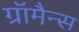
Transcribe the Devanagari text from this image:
ग्रॉमैन्स